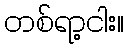
တစ်ရာ့ငါး။